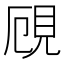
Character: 𧠏